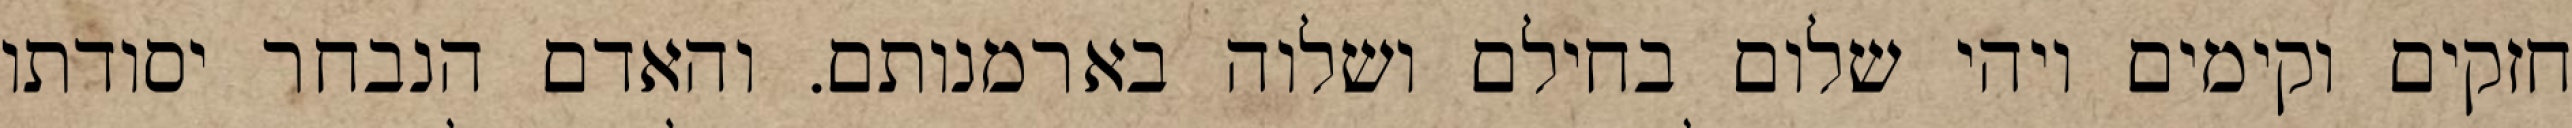
חזקים וקימים ויהי שלום בחילם ושלוה בארמנותם. והאדם הנבחר יסודתו